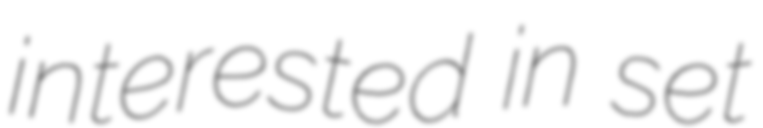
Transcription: interested in set